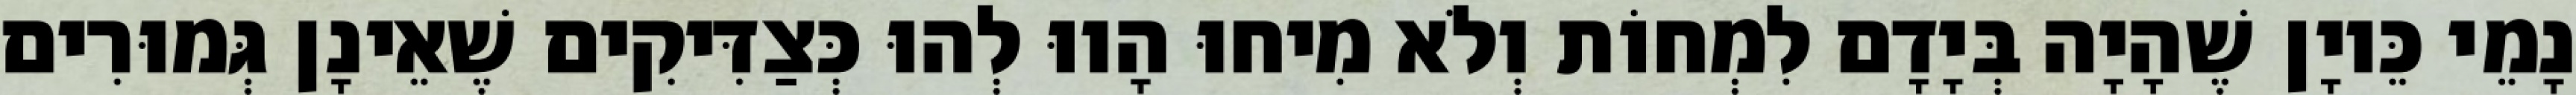
נָמֵי כֵּיוָן שֶׁהָיָה בְּיָדָם לִמְחוֹת וְלֹא מִיחוּ הָווּ לְהוּ כְּצַדִּיקִים שֶׁאֵינָן גְּמוּרִים